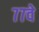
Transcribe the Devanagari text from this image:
७७वे